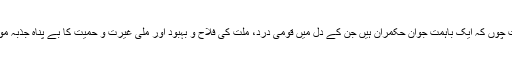
والیِ سوات چوں کہ ایک باہمت جوان حکمران ہیں جن کے دل میں قومی درد، ملت کی فلاح و بہبود اور ملی غیرت و حمیت کا بے پناہ جذبہ موجزن ہے۔